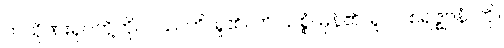
ကသိုဏ်းရုပ်တို့ကို။ ပဿတိ၊ ရှု၏။ ဟိ သစ္စံ၊ မှန်၏။ ရူပါဝစရဇ္ဈာနံ၊ ကို။